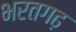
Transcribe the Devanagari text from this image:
भरतगढ़